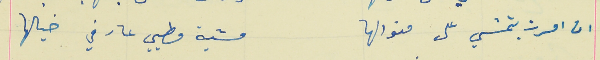
ان امرت بتمشي على منوالها                               مشية مطيي عارفي خيالها